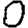
Digit: 0